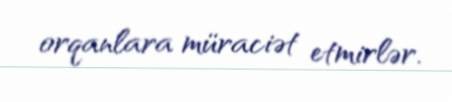
orqanlara müraciət etmirlər.